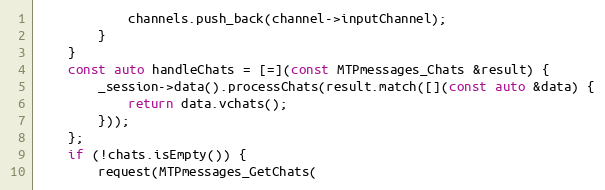
Language: C++
			channels.push_back(channel->inputChannel);
		}
	}
	const auto handleChats = [=](const MTPmessages_Chats &result) {
		_session->data().processChats(result.match([](const auto &data) {
			return data.vchats();
		}));
	};
	if (!chats.isEmpty()) {
		request(MTPmessages_GetChats(